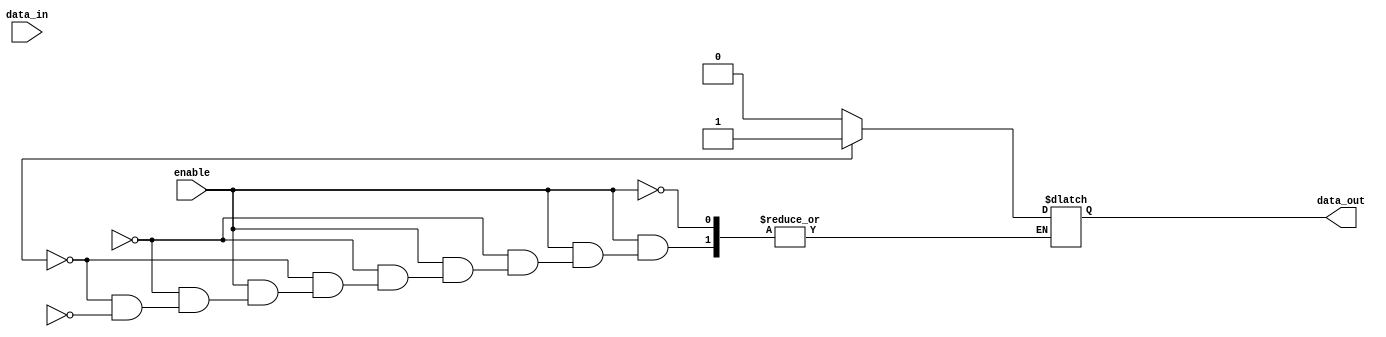
module IO_Block (
    input wire enable,
    input wire data_in,
    output reg data_out
);

reg high_impedance_state;
reg high_voltage_state;
reg low_voltage_state;

always @ (enable or data_in)
begin
    if (enable)
    begin
        if (high_impedance_state)
            data_out = 1'bz;  // high impedance state
        else if (high_voltage_state)
            data_out = 1;     // high voltage state
        else if (low_voltage_state)
            data_out = 0;     // low voltage state
    end
end

endmodule